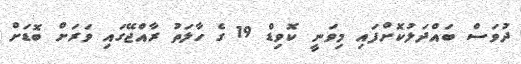
ދުވަސް ބައްދަލުކޮށްފައި މިވަނީ ކޮވިޑް 19 ގެ ހާލަތު ރާއްޖޭގައި ވަރަށް ބޮޑަށް